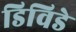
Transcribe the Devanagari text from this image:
डिविडे